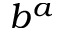
b ^ { a }